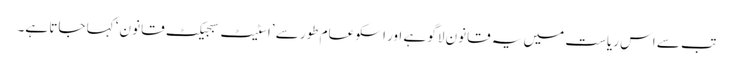
تب سے اس ریاست میں یہ قانون لاگو ہے اور اسکو عام طور سے ’اسٹیٹ سبجیکٹ قانو ن‘ کہا جاتا ہے۔